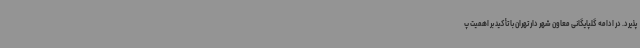
پذیرد. در ادامه گلپایگانی معاون شهر دار تهران با تأکید بر اهمیت پ